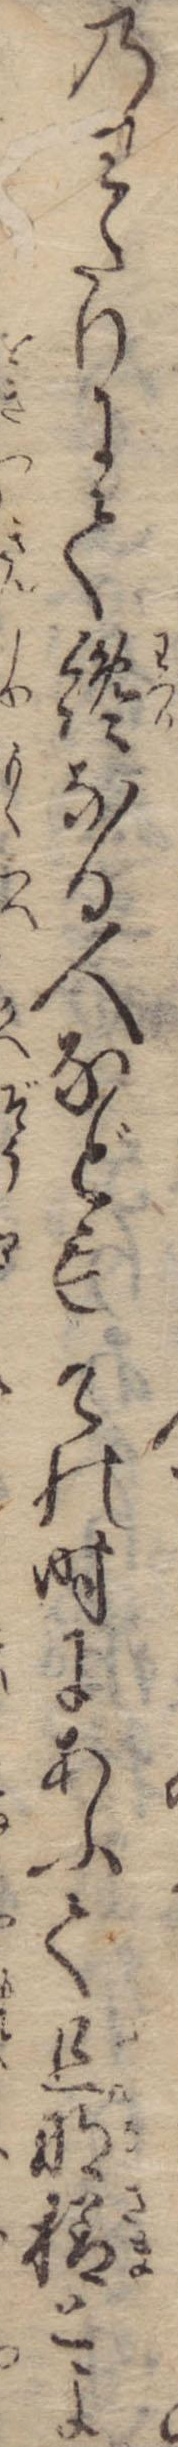
のわたりにて纔なる人などもその時にあふて旦那様とよ